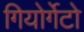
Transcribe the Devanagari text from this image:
गियोर्गेटो